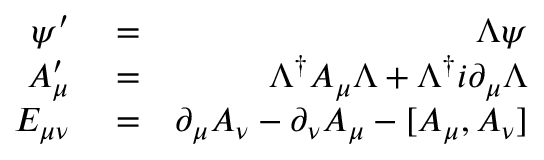
\begin{array} { r l r } { \psi ^ { \prime } } & { { } = } & { \Lambda \psi } \\ { A _ { \mu } ^ { \prime } } & { { } = } & { \Lambda ^ { \dagger } A _ { \mu } \Lambda + \Lambda ^ { \dagger } i \partial _ { \mu } \Lambda } \\ { E _ { \mu \nu } } & { { } = } & { \partial _ { \mu } A _ { \nu } - \partial _ { \nu } A _ { \mu } - [ A _ { \mu } , A _ { \nu } ] } \end{array}